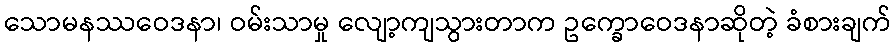
သောမနဿဝေဒနာ၊ ဝမ်းသာမှု လျော့ကျသွားတာက ဥက္ခောဝေဒနာဆိုတဲ့ ခံစားချက်